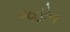
જહોન